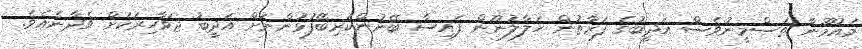
މައުމޫނާ ތަސްމީނުވެސް އަދީބުގެ ފަރާތުން ހަލާލުނޫން ފައިސާ ބޭނުންކުރިބޭފުޅުންނަށް އަދީބު ޖަވާހިރަކަށް ވެދާނެއެވެ.